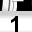
Digit: 1